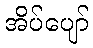
အိပ်ပျော်